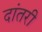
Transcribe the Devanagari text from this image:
दांतरी